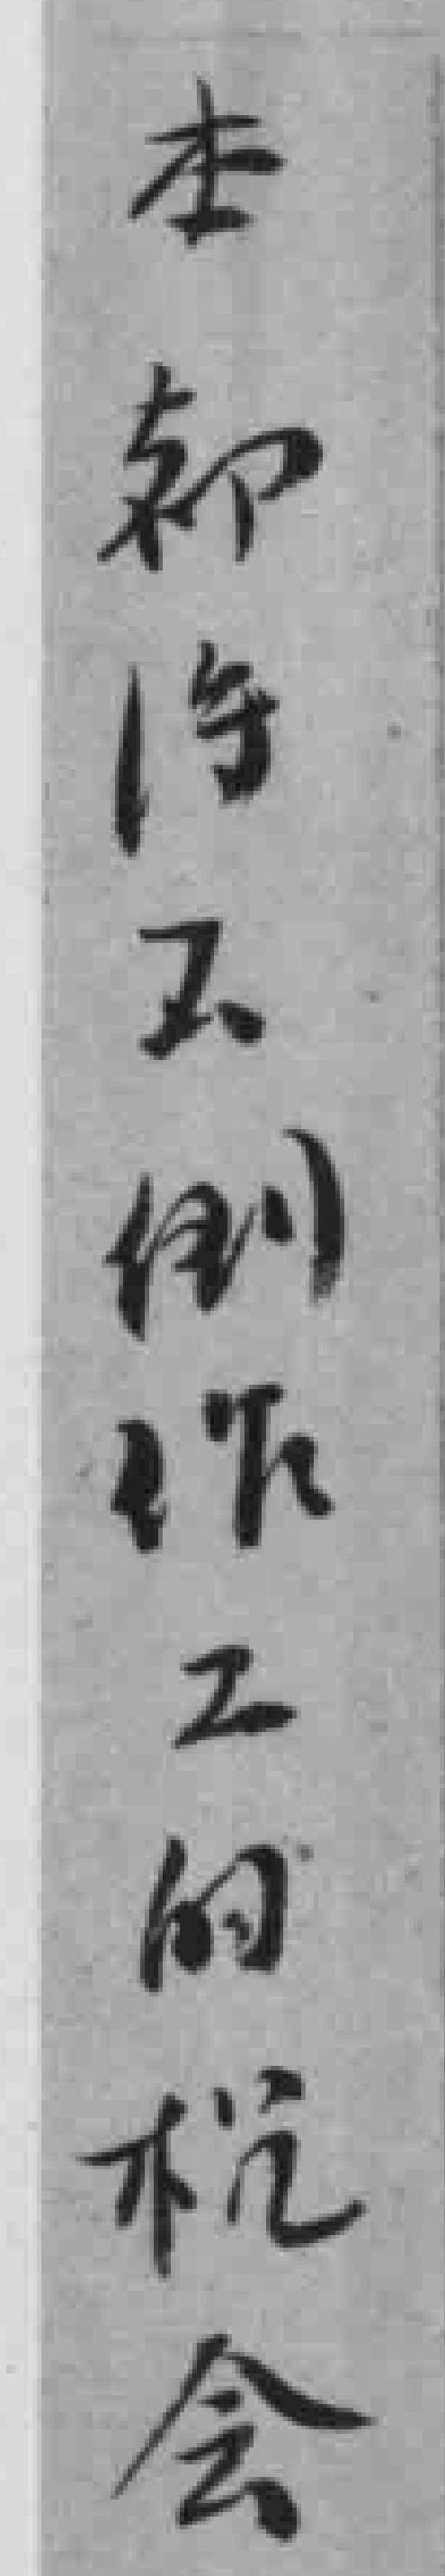
本却得不倒作工的机会